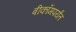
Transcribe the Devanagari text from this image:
बीकॉमपर्यंत